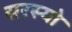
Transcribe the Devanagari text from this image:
सरस्‍यो